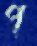
প্